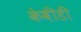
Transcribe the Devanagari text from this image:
केबीडी